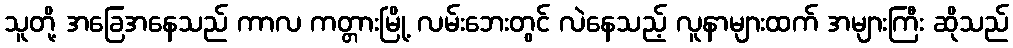
သူတို့ အခြေအနေသည် ကာလ ကတ္တားမြို့ လမ်းဘေးတွင် လဲနေသည့် လူနာများထက် အများကြီး ဆိုသည်